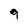
Character: 9